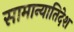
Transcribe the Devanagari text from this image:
सामान्यातिदेश